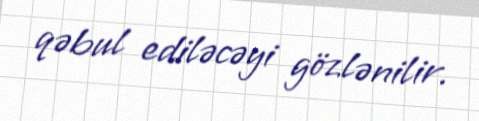
qəbul ediləcəyi gözlənilir.